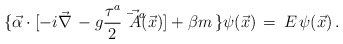
\begin{align*} \{ \vec{\alpha} \cdot [-i \vec{\nabla} \, - g \frac{\tau^a}{2} \vec{\bar{A}^a}(\vec{x})] + \beta m \, \} \psi(\vec{x})\, = \, E \, \psi(\vec{x}) \, .\end{align*}